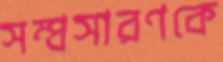
সম্প্রসারণকে